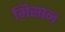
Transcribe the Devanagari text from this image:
मिसान